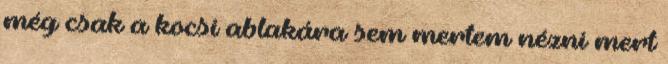
még csak a kocsi ablakára sem mertem nézni mert